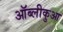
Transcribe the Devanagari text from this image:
ऑब्लीकुआ